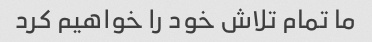
ما تمام تلاش خود را خواهیم کرد